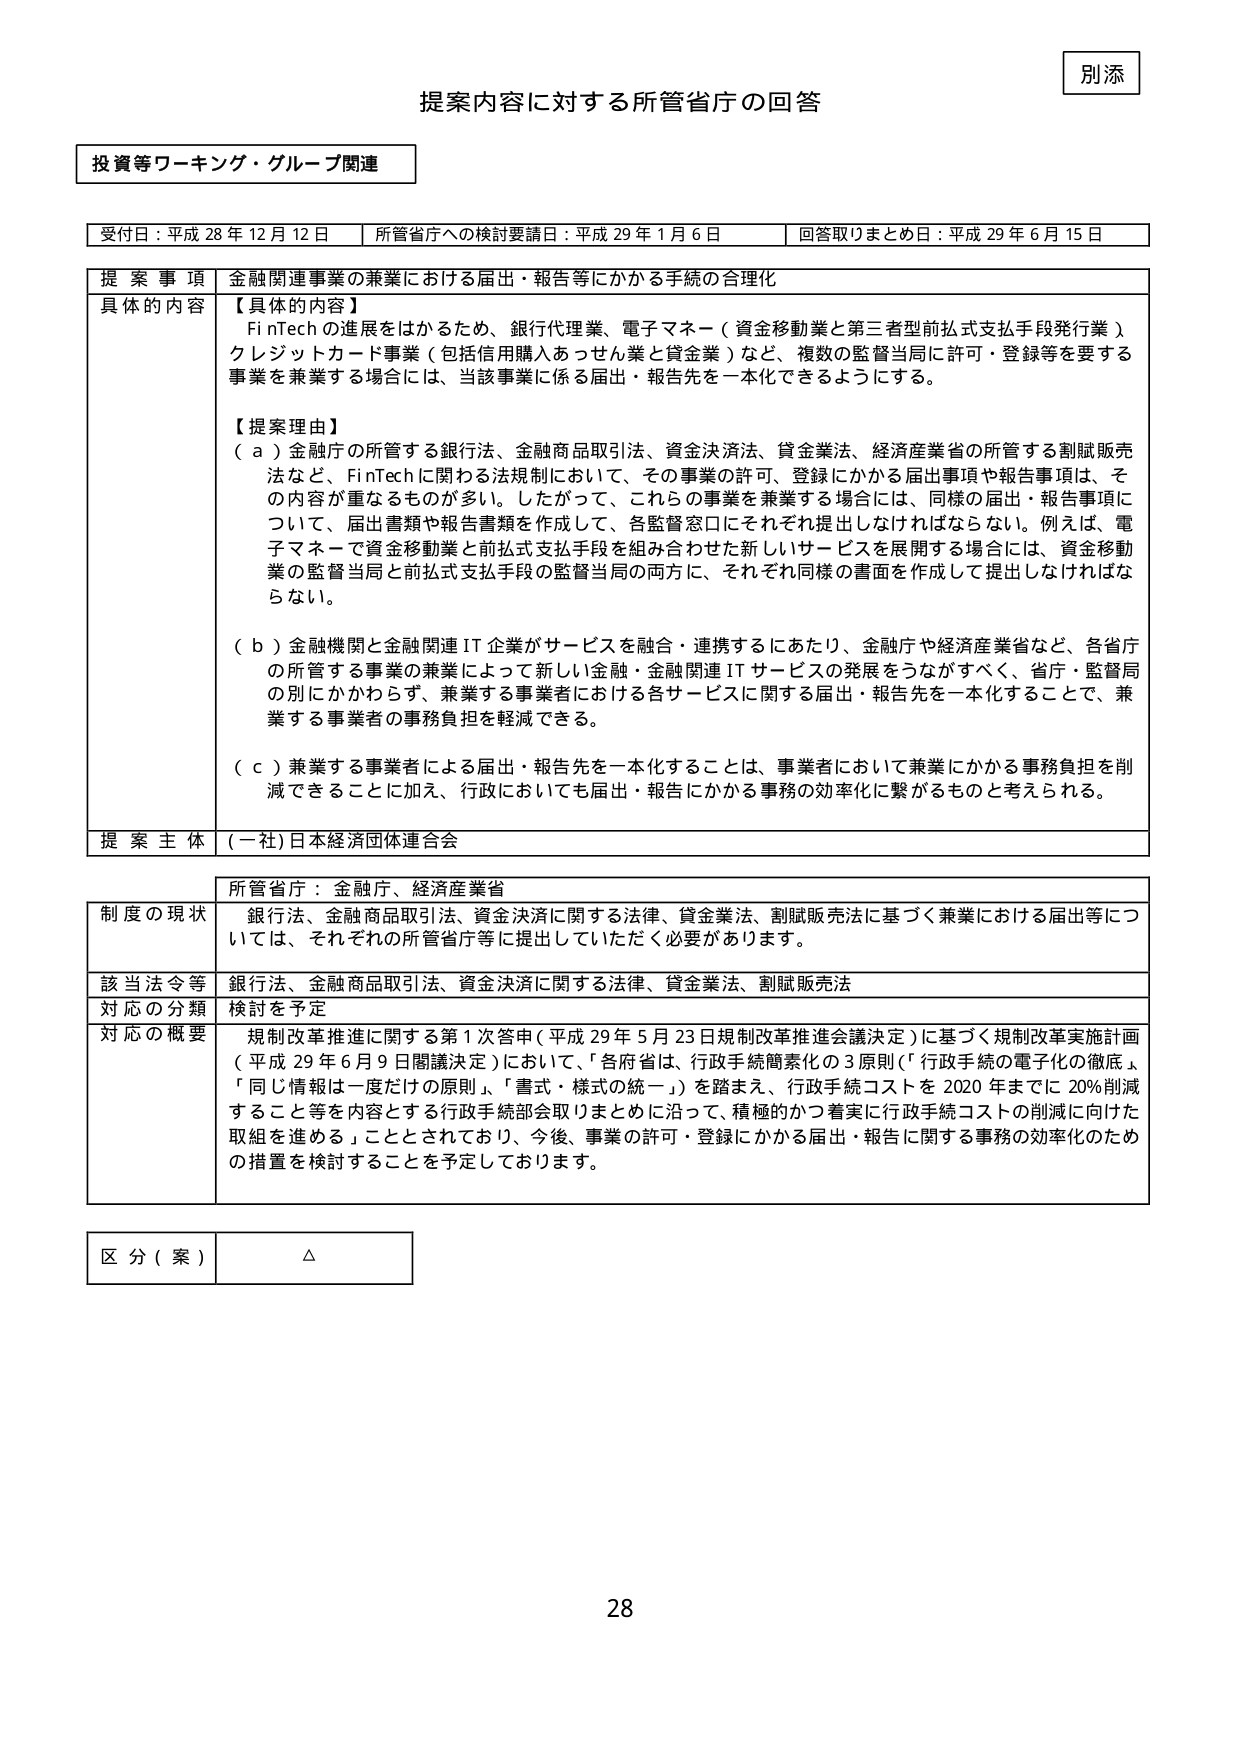
別添
提案内容に対する所管省庁の回答

投資等ワーキング・グループ関連

受付日：平成28年12月12日　所管省庁への検討要請日：平成29年1月6日　回答取りまとめ日：平成29年6月15日

提案事項　金融関連事業の兼業における届出・報告等にかかる手続の合理化

具体的な内容
【具体的な内容】
FinTechの進展をはかるため、銀行代理業、電子マネー（資金移動業と第三者型前払式支払手段発行業）、クレジットカード事業（包括信用購入あっせん業と貸金業）など、複数の監督当局に許可・登録等を要する事業を兼業する場合には、当該事業に係る届出・報告先を一本化できるようにする。

【提案理由】
（a）金融庁の所管する銀行法、金融商品取引法、資金決済法、貸金業法、経済産業省の所管する割賦販売法など、FinTechに関わる法規制において、その事業の許可、登録にかかる届出事項や報告事項は、その内容が重なるものが多い。したがって、これらの事業を兼業する場合には、同様の届出・報告事項について、届出書類や報告書類を作成して、各監督窓口にそれぞれ提出しなければならない。例えば、電子マネーで資金移動業と前払式支払手段を組み合わせた新しいサービスを展開する場合には、資金移動業の監督当局と前払式支払手段の監督当局の両方に、それぞれ同様の書面を作成して提出しなければならない。

（b）金融機関と金融関連IT企業がサービスを融合・連携するにあたり、金融庁や経済産業省など、各省庁の所管する事業の兼業によって新しい金融・金融関連ITサービスの発展をうながすべく、省庁・監督局の別にかかわらず、兼業する事業者における各サービスに関する届出・報告先を一本化することで、兼業する事業者の事務負担を軽減できる。

（c）兼業する事業者による届出・報告先を一本化することは、事業者において兼業にかかる事務負担を削減できることに加え、行政においても届出・報告にかかる事務の効率化に繋がるものと考えられる。

提案主体　（一社）日本経済団体連合会

所管省庁：金融庁、経済産業省

制度の現状　銀行法、金融商品取引法、資金決済に関する法律、貸金業法、割賦販売法に基づく兼業における届出等については、それぞれの所管省庁等に提出していただく必要があります。

該当法令等　銀行法、金融商品取引法、資金決済に関する法律、貸金業法、割賦販売法

対応の分類　検討を予定

対応の概要　規制改革推進に関する第1次答申（平成29年5月23日規制改革推進会議決定）に基づく規制改革実施計画（平成29年6月9日閣議決定）において、「各府省は、行政手続簡素化の3原則（「行政手続の電子化の徹底」、「同じ情報は一度だけの原則」、「書式・様式の統一」）を踏まえ、行政手続コストを2020年までに20％削減すること等を内容とする行政手続部会取りまとめに沿って、積極的かつ着実に行政手続コストの削減に向けた取組を進める」こととされており、今後、事業の許可・登録にかかる届出・報告に関する事務の効率化のための措置を検討することを予定しております。

区分（案）　△

28